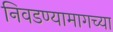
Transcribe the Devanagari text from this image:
निवडण्यामागच्या